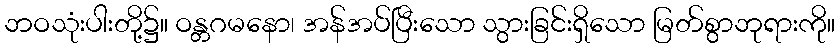
ဘဝသုံးပါးတို့၌။ ဝန္တဂမနော၊ အန်အပ်ပြီးသော သွားခြင်းရှိသော မြတ်စွာဘုရားကို။